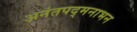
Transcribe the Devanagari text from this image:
अनंतपद्मनाभन